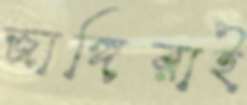
জাঙ্গিরাই